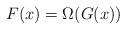
LaTeX: \begin{align*} F(x) = \Omega(G(x))\end{align*}